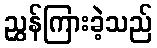
ညွှန်ကြားခဲ့သည်